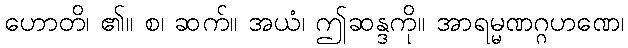
ဟောတိ၊ ၏။ စ၊ ဆက်။ အယံ၊ ဤဆန္ဒကို။ အာရမ္မဏဂ္ဂဟဏေ၊